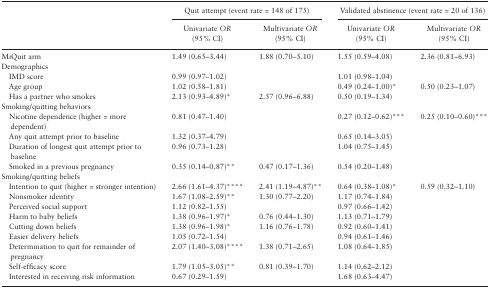
<table><thead><tr><td rowspan="2"></td><td colspan="2"><b>Quit attempt (event rate = 148 of 175)</b></td><td colspan="2"><b>Validated abstinence (event rate = 20 of 136)</b></td></tr><tr><td><b>Univariate <i>OR</i> (95% CI)</b></td><td><b>Multivariate <i>OR</i> (95% CI)</b></td><td><b>Univariate <i>OR</i> (95% CI)</b></td><td><b>Multivariate <i>OR</i> (95% CI)</b></td></tr></thead><tbody><tr><td>MiQuit arm</td><td>1.49 (0.65–3.44)</td><td>1.88 (0.70–5.10)</td><td>1.55 (0.59–4.08)</td><td>2.36 (0.81–6.93)</td></tr><tr><td colspan="5">Demographics</td></tr><tr><td> IMD score</td><td>0.99 (0.97–1.02)</td><td></td><td>1.01 (0.98–1.04)</td><td></td></tr><tr><td> Age group</td><td>1.02 (0.58–1.81)</td><td></td><td>0.49 (0.24–1.00)*</td><td>0.50 (0.23–1.07)</td></tr><tr><td> Has a partner who smokes</td><td>2.13 (0.93–4.89)*</td><td>2.57 (0.96–6.88)</td><td>0.50 (0.19–1.34)</td><td></td></tr><tr><td colspan="5">Smoking/quitting behaviors</td></tr><tr><td> Nicotine dependence (higher = more dependent)</td><td>0.81 (0.47–1.40)</td><td></td><td>0.27 (0.12–0.62)***</td><td>0.25 (0.10–0.60)***</td></tr><tr><td> Any quit attempt prior to baseline</td><td>1.32 (0.37–4.79)</td><td></td><td>0.65 (0.14–3.05)</td><td></td></tr><tr><td> Duration of longest quit attempt prior to baseline</td><td>0.96 (0.73–1.28)</td><td></td><td>1.04 (0.75–1.45)</td><td></td></tr><tr><td> Smoked in a previous pregnancy</td><td>0.35 (0.14–0.87)**</td><td>0.47 (0.17–1.36)</td><td>0.54 (0.20–1.48)</td><td></td></tr><tr><td colspan="5">Smoking/quitting beliefs</td></tr><tr><td> Intention to quit (higher = stronger intention)</td><td>2.66 (1.61–4.37)****</td><td>2.41 (1.19–4.87)**</td><td>0.64 (0.38–1.08)*</td><td>0.59 (0.32–1.10)</td></tr><tr><td> Nonsmoker identity</td><td>1.67 (1.08–2.59)**</td><td>1.30 (0.77–2.20)</td><td>1.17 (0.74–1.84)</td><td></td></tr><tr><td> Perceived social support</td><td>1.12 (0.82–1.55)</td><td></td><td>0.97 (0.66–1.42)</td><td></td></tr><tr><td> Harm to baby beliefs</td><td>1.38 (0.96–1.97)*</td><td>0.76 (0.44–1.30)</td><td>1.13 (0.71–1.79)</td><td></td></tr><tr><td> Cutting down beliefs</td><td>1.38 (0.96–1.98)*</td><td>1.16 (0.76–1.78)</td><td>0.92 (0.60–1.41)</td><td></td></tr><tr><td> Easier delivery beliefs</td><td>1.05 (0.72–1.54)</td><td></td><td>0.94 (0.61–1.46)</td><td></td></tr><tr><td> Determination to quit for remainder of pregnancy</td><td>2.07 (1.40–3.08)****</td><td>1.38 (0.71–2.65)</td><td>1.08 (0.64–1.85)</td><td></td></tr><tr><td> Self-efficacy score</td><td>1.79 (1.05–3.05)**</td><td>0.81 (0.39–1.70)</td><td>1.14 (0.62–2.12)</td><td></td></tr><tr><td> Interested in receiving risk information</td><td>0.67 (0.29–1.59)</td><td></td><td>1.68 (0.63–4.47)</td><td></td></tr></tbody></table>